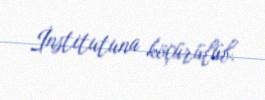
İnstitutuna köçürülüb.